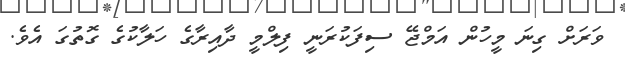
ވަރަށް ގިނަ މީހުން އަމްޖޭ ސިފަކުރަނީ ފިލްމީ ދާއިރާގެ ހަލާކުގެ ގޮތުގަ އެވެ.